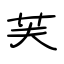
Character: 芙